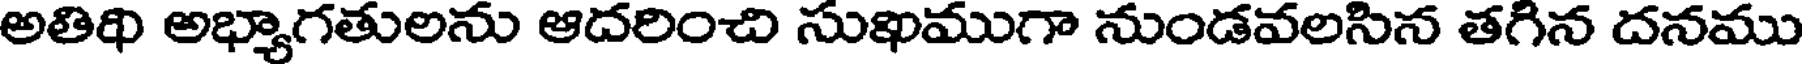
అతిథి అభ్యాగతులను ఆదరించి సుఖముగా నుండవలసిన తగిన దనము